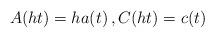
LaTeX: \begin{align*}A(ht) = h a(t) \,, C(ht) = c(t)\end{align*}